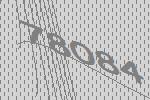
78084